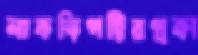
লাকড়িপট্টিরপ্রকা